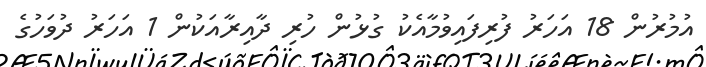
އުމުރުން 18 އަހަރު ފުރިފައިވުމާއެކު ގުޅުން ހުރި ދާއިރާއަކުން 1 އަހަރު ދުވަހުގެ